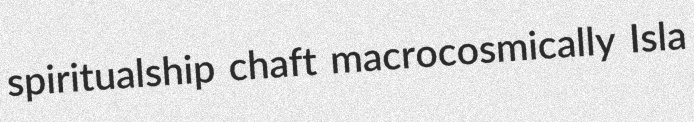
spiritualship chaft macrocosmically Isla